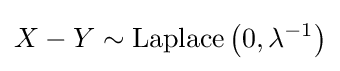
X-Y\sim {\textrm {Laplace}}\left(0,\lambda ^{-1}\right)